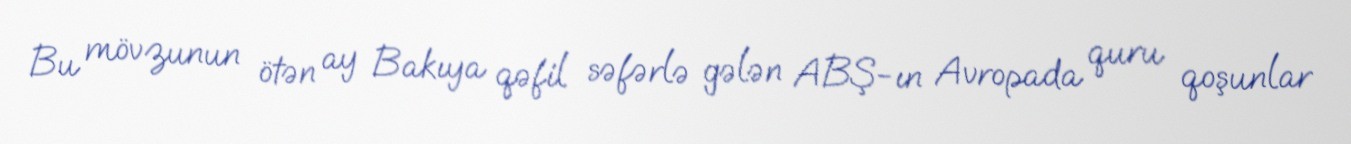
Bu mövzunun ötən ay Bakıya qəfil səfərlə gələn ABŞ-ın Avropada quru qoşunlar